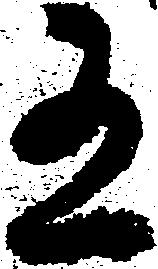
有